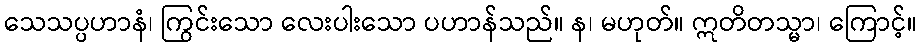
သေသပ္ပဟာနံ၊ ကြွင်းသော လေးပါးသော ပဟာန်သည်။ န၊ မဟုတ်။ ဣတိတသ္မာ၊ ကြောင့်။